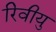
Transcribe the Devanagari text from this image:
रिवीयु